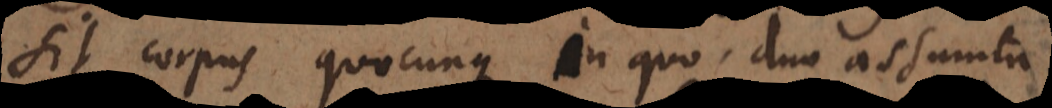
sit corpus quodcunque in quo duo assumta